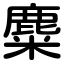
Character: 麋